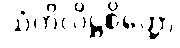
သံကိလိဋ္ဌစိတ္တော